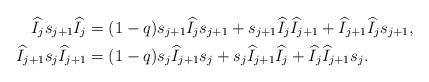
LaTeX: \begin{align*}\widehat{I}_{j}s_{j+1}\widehat{I}_{j}&=(1-q)s_{j+1}\widehat{I}_{j}s_{j+1}+s_{j+1}\widehat{I}_{j}\widehat{I}_{j+1}+\widehat{I}_{j+1}\widehat{I}_{j}s_{j+1}, \\\widehat{I}_{j+1}s_{j}\widehat{I}_{j+1}&=(1-q)s_{j}\widehat{I}_{j+1}s_{j}+s_{j}\widehat{I}_{j+1}\widehat{I}_{j}+\widehat{I}_{j}\widehat{I}_{j+1}s_{j}. \end{align*}